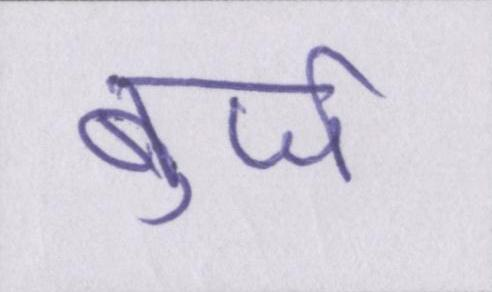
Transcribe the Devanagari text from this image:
बुर्ज